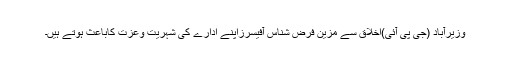
وزیرآباد (جی پی آئی)اخلاق سے مزین فرض شناس آفیسرزاپنے ادارے کی شہریت وعزت کاباعث ہوتے ہیں۔